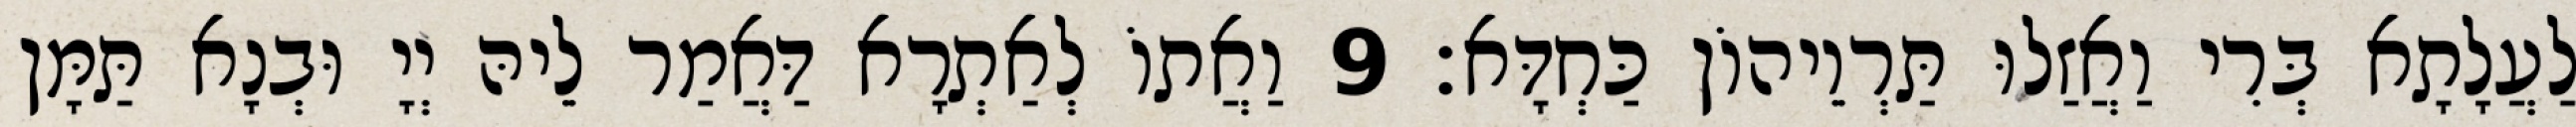
לַעֲלָתָא בְּרִי וַאֲזַלוּ תַּרְוֵיהוֹן כַּחְדָּא׃ 9 וַאֲתוֹ לְאַתְרָא דַּאֲמַר לֵיהּ יְיָ וּבְנָא תַּמָּן